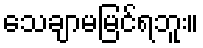
သေချာမမြင်ရဘူး။